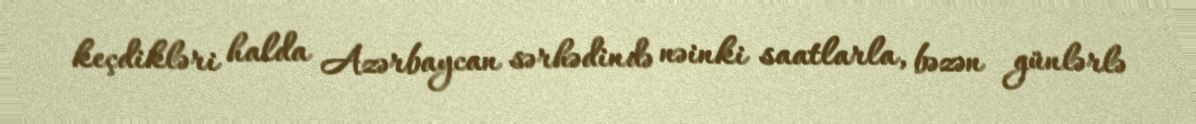
keçdikləri halda Azərbaycan sərhədində nəinki saatlarla, bəzən günlərlə